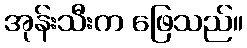
အုန်းသီးက ဖြေသည်။